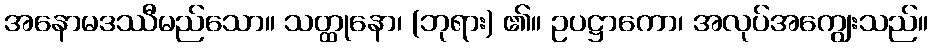
အနောမဒဿီမည်သော။ သတ္ထုနော၊ (ဘုရား) ၏။ ဥပဋ္ဌာကော၊ အလုပ်အကျွေးသည်။